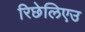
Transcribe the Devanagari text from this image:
रिछेलिएउ